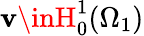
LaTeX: \mathbf{v}\inH_{0}^{1}(\Omega_{1})